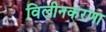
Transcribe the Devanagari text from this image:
विलीनकरणा